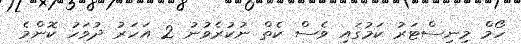
ހޯމް މިނިސްޓަރު ކަމުގައި ވެސް ކެތް ނުކުރެވުނު 2 އަހަރު ދުވަހު ކޮންމެ